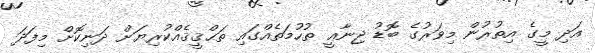
އަދި މީގެ އިތުރުން މިވަރުގެ ބޮޑު ޖިނާޢީ ތުހުމަތެއްގައި ތަޙްޤީޤެއްކުރިޔަށް ދަނިކޮށް މިފަދަ